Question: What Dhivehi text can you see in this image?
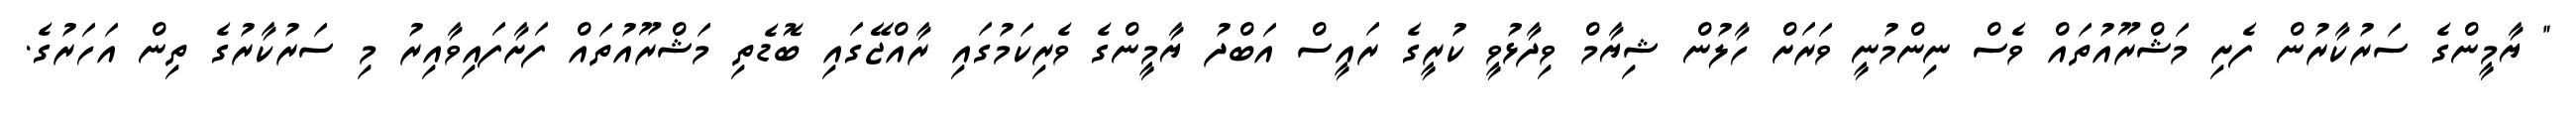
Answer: " ޔާމީންގެ ސަރުކާރުން ފެށި މަޝްރޫއުތައް ވެސް ނިންމުނީ ވަރަށް ހާލުން ޝިޔާމް ވިދާޅުވީ ކުރީގެ ރައީސް އަބްދު ޔާމީންގެ ވެރިކަމުގައި ރާއްޖޭގައި ބޮޑެތި މަޝްރޫއުތައް ފަށާފައިވާއިރު މި ސަރުކާރުގެ ތިން އަހަރުގެ.